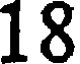
18